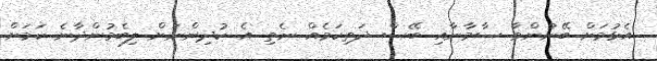
އެޅުމަށް ބޭނުންވާ ސާމާނާއި ބޭސް ދަތިކަމެއް ނެތި އެ ކުދިންނަށް ލިބެމުންދާނެ ކަމަށް